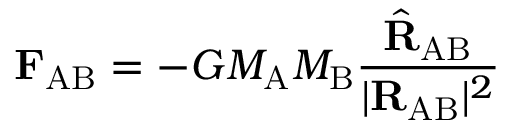
\mathbf { F } _ { \mathrm { A B } } = - G M _ { \mathrm { A } } M _ { \mathrm { B } } { \frac { { \hat { \mathbf { R } } } _ { \mathrm { A B } } } { | \mathbf { R } _ { \mathrm { A B } } | ^ { 2 } } }